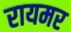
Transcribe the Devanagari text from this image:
रायमर